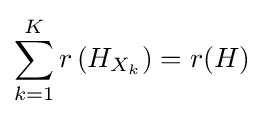
\sum _{k=1}^{K}r\left(H_{X_{k}}\right)=r(H)